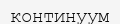
континуум